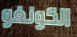
الكونغو